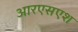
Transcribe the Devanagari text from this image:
आरएसएश